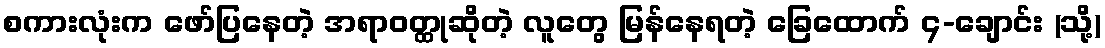
စကားလုံးက ဖော်ပြနေတဲ့ အရာဝတ္ထုဆိုတဲ့ လူတွေ မြန်နေရတဲ့ ခြေထောက် ၄-ချောင်း (သို့)